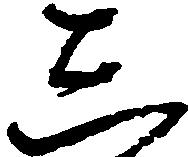
し